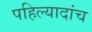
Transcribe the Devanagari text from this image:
पहिल्यादांच